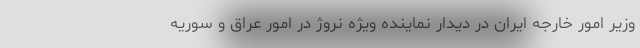
وزیر امور خارجه ایران در دیدار نماینده ویژه نروژ در امور عراق و سوریه